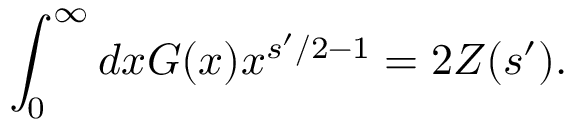
\int _ { 0 } ^ { \infty } d x G ( x ) x ^ { s ^ { \prime } / 2 - 1 } = 2 Z ( s ^ { \prime } ) .